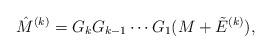
LaTeX: \begin{align*}\hat M^{(k)} = G_k G_{k-1}\cdots G_1(M+\tilde E^{(k)}),\end{align*}